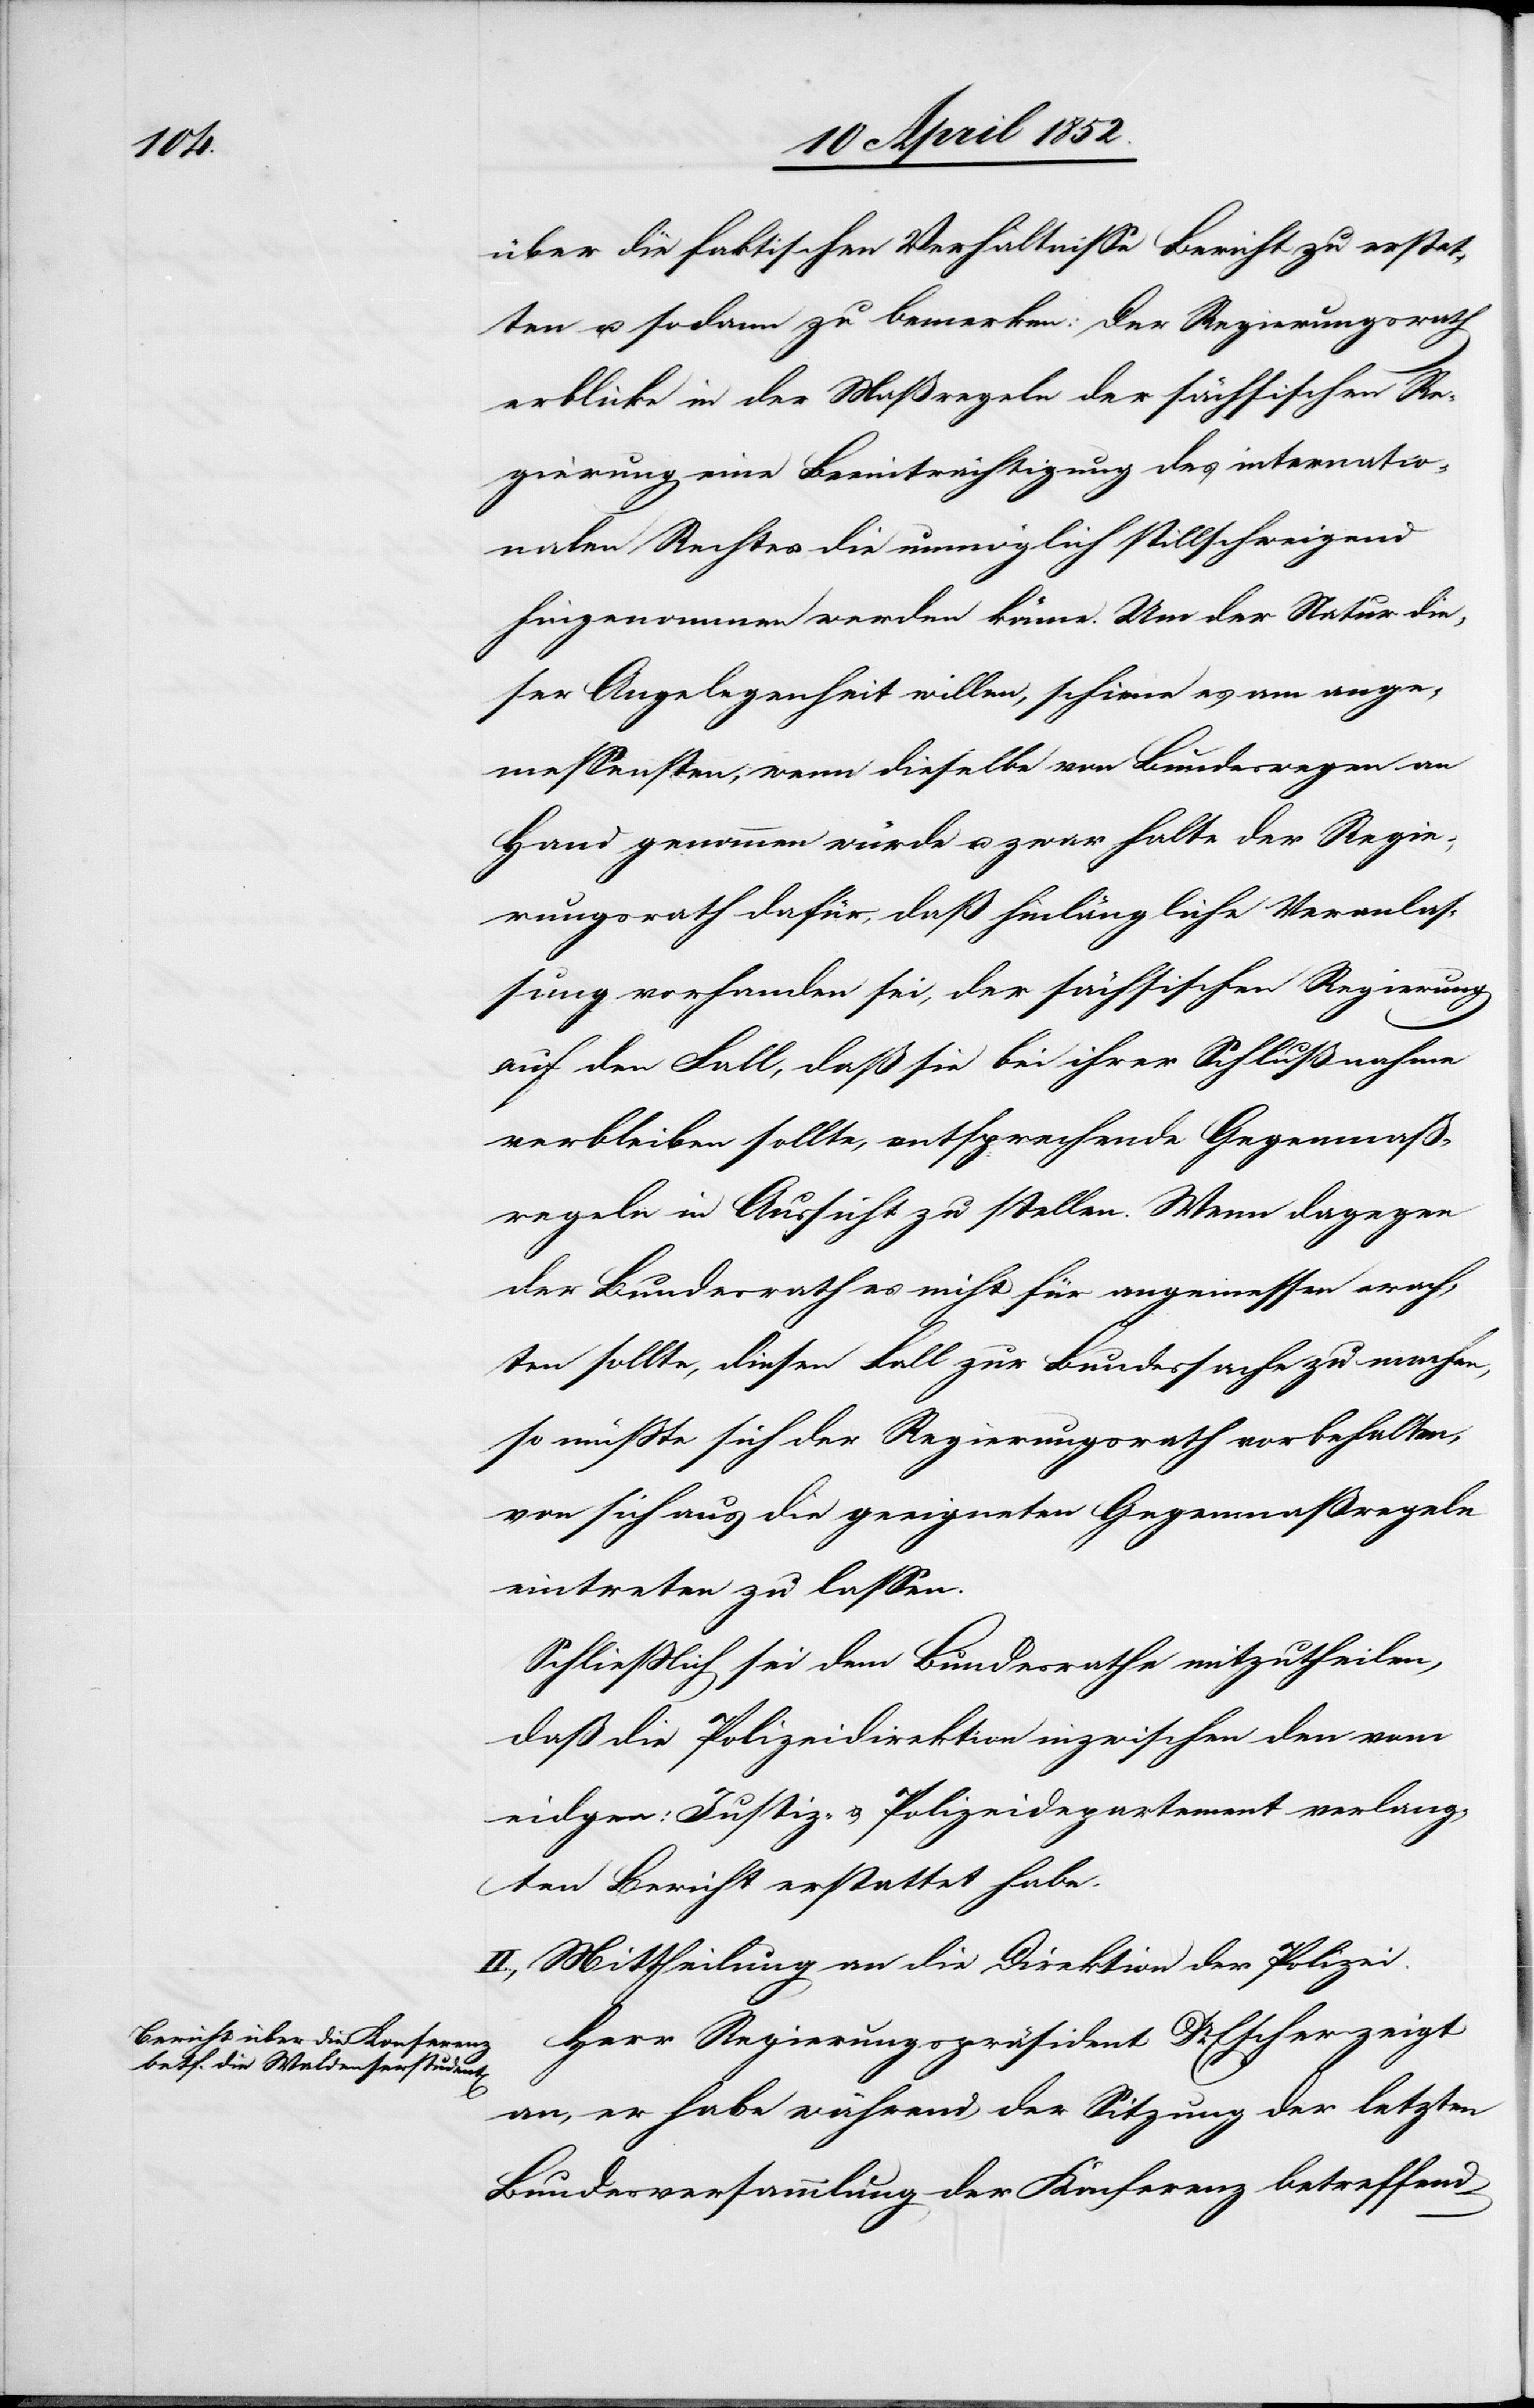
über die faktischen Verhältnisse Bericht zu erstat¬
ten u. sodann zu bemerken: Der Regierungsrath
erblicke in der [sic!] Maßregeln der sächsischen Re¬
gierung eine Beeinträchtigung des internatio¬
nalen Rechtes die unmöglich stillschweigend
hingenommen werden könne. Um der Natur die¬
ser Angelegenheit willen, schiene es am ange¬
messensten, wenn dieselbe von Bundeswegen an
Hand genommen würde u. zwar halte der Regie¬
rungsrath dafür, daß hinlängliche Veranlas¬
sung vorhanden sei, der sächsischen Regierung
auf den Fall, daß sie bei ihrer Schlußnahme
verbleiben sollte, entsprechende Gegenmaß¬
regeln in Aussicht zu stellen. Wenn dagegen
der Bundesrath es nicht für angemessen erach¬
ten sollte, diesen Fall zur Bundessache zu machen,
so müsste sich der Regierungsrath vorbehalten,
von sich aus die geeigneten Gegenmaßregeln
eintreten zu lassen.
Schliesslich sei dem Bundesrathe mitzutheilen,
daß die Polizeidirektion inzwischen den vom
eidgen: Justiz- & Polizeidepartement verlang¬
ten Bericht erstattet habe.
II., Mittheilung an die Direktion der Polizei.
Herr Regierungspräsident Dr. Escher zeigt
an, er habe während der Sitzung der letzten
Bundesversammlung der Konferenz betreffend